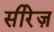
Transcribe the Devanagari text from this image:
सीरेज़